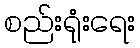
စည်းရုံးရေး